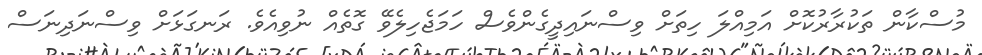
މުސްކާން ތަކުރާރުކޮށް އަމިއްލަ ހިތަށް ވިސްނައިދީގެންވެސް ހަމަޖެހިލެވޭ ގޮތެއް ނުވިއެވެ. ރަނގަޅަށް ވިސްނަދިނަސް